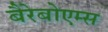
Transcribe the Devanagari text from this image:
बैरेबोएम्स